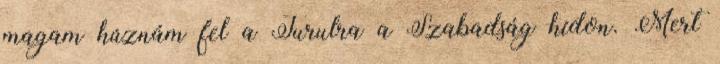
magam húznám fel a Turulra a Szabadság hídon. Mert